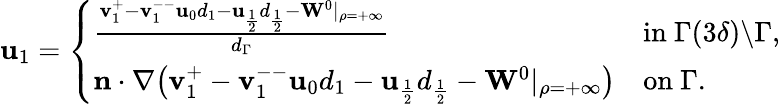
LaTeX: \begin{array}{r}{\mathbf{u}_{1}=\left\{ \begin{array}{ll}{\frac{\mathbf{v}_{1}^{+}-\mathbf{v}_{1}^{--}\mathbf{u}_{0}d_{1}-\mathbf{u}_{\frac{1}{2}}d_{\frac{1}{2}}-\mathbf{W}^{0}|_{\rho=+\infty}}{d_{\Gamma}}}&{\mathrm{in~}\Gamma(3\delta)\backslash\Gamma,}\\ {\mathbf{n}\cdot\nabla\big(\mathbf{v}_{1}^{+}-\mathbf{v}_{1}^{--}\mathbf{u}_{0}d_{1}-\mathbf{u}_{\frac{1}{2}}d_{\frac{1}{2}}-\mathbf{W}^{0}|_{\rho=+\infty}\big)}&{\mathrm{on~}\Gamma.}\end{array}\right.}\end{array}